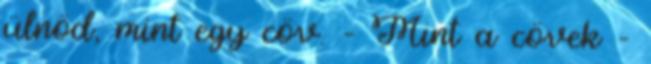
ülnöd, mint egy cöv. – Mint a cövek –